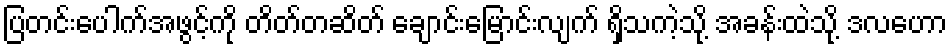
ပြတင်းပေါက်အဖွင့်ကို တိတ်တဆိတ် ချောင်းမြောင်းလျက် ရှိသကဲ့သို့ အခန်းထဲသို့ ဒလဟော